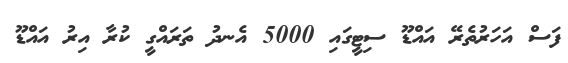
ފަސް އަހަރުތެރޭ އައްޑޫ ސިޓީގައި 5000 އެނދު ތަރައްގީ ކުރާ އިރު އައްޑޫ